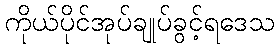
ကိုယ်ပိုင်အုပ်ချုပ်ခွင့်ရဒေသ